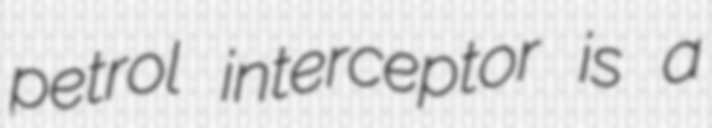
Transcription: petrol interceptor is a